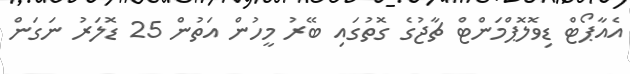
އެއާޕޯޓް ޑިވޮލޮޕްމަންޓް ޗާޖުގެ ގޮތުގައި ބޭރު މީހުން އަތުން 25 ޑޮލަރު ނަގަން